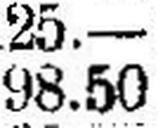
98.50